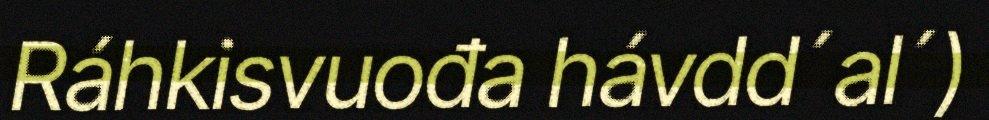
Ráhkisvuođa hávdd´al´)